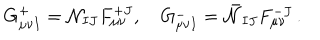
G _ { \mu \nu I } ^ { + } = { \cal N } _ { I J } F _ { \mu \nu } ^ { + J } , \quad G _ { \mu \nu I } ^ { - } = \bar { \cal N } _ { I J } F _ { \mu \nu } ^ { - J } \, .